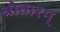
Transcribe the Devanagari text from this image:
श्रोतारम्